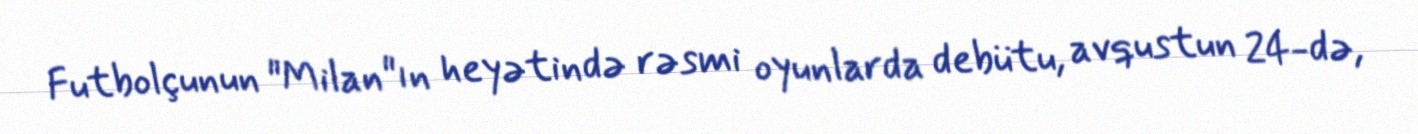
Futbolçunun "Milan"ın heyətində rəsmi oyunlarda debütu, avqustun 24-də,